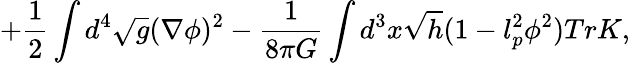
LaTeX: +\frac{1}{2}\int d^{4}\sqrt{g}(\nabla\phi)^{2}-\frac{1}{8\pi G}\int d^{3}x\sqrt{h}(1-l_{p}^{2}\phi^{2})TrK,